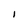
Character: l